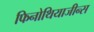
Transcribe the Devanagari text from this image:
फिनोथियाजीन्स